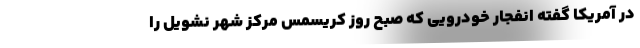
در آمریکا گفته انفجار خودرویی که صبح روز کریسمس مرکز شهر نشویل را